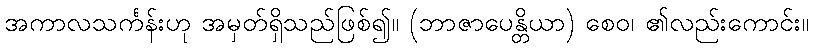
အကာလသင်္ကန်းဟု အမှတ်ရှိသည်ဖြစ်၍။ (ဘာဇာပေန္တိယာ) စေဝ၊ ၏လည်းကောင်း။